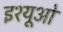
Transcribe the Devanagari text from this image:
इश्यूओं